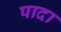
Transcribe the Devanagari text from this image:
पादा